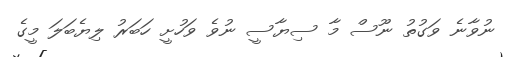
ނުވާނެ ވަގުތު ނޫސް މާ ސިޔާސީ ނުވެ ވަހުށީ ހަބަރު ލިޔެބަލަ މީގެ